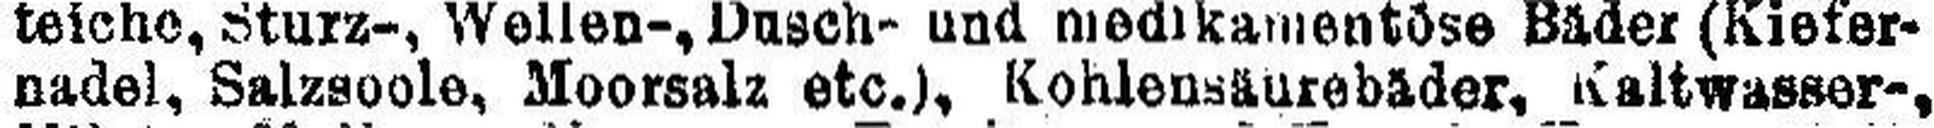
nadel, Salzsoole, Moorsalz etc.), Kohlensäurebäder, Kaltwasser-,